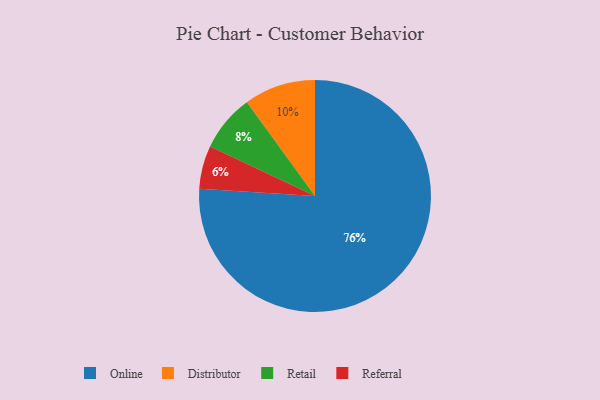
{"axis": {"x": "Category", "y": "Percentage"}, "legend": ["Distributor", "Online", "Referral", "Retail"], "data": [{"x": "Referral", "y": 6, "type": "Referral"}, {"x": "Retail", "y": 8, "type": "Retail"}, {"x": "Online", "y": 76, "type": "Online"}, {"x": "Distributor", "y": 10, "type": "Distributor"}]}